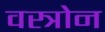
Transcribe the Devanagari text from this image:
वस्त्रोन